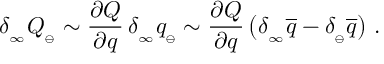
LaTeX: \delta _ { _ \infty } Q _ { _ { \ominus } } \sim { \frac { \partial Q } { \partial q } } \, \delta _ { _ \infty } q _ { _ { \ominus } } \sim { \frac { \partial Q } { \partial q } } \, \big ( \delta _ { _ \infty } \overline { { { q } } } - \delta _ { _ \ominus } \overline { { { q } } } \big ) \ .